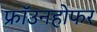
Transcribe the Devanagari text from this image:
फ्रॉउनहोफर